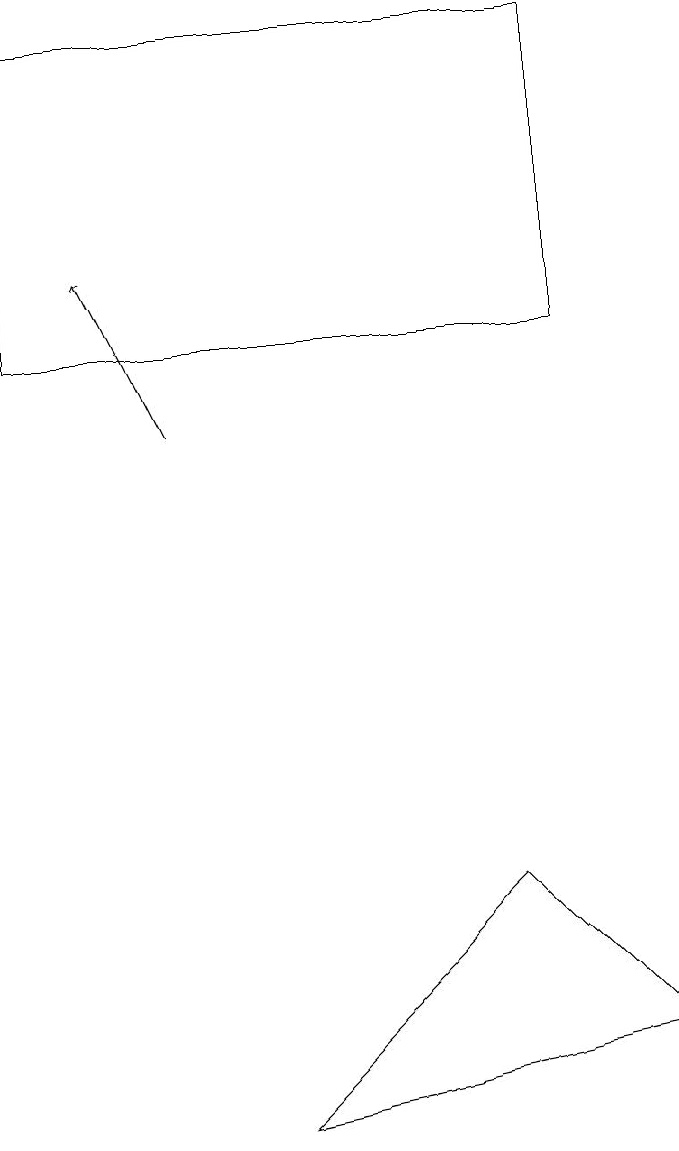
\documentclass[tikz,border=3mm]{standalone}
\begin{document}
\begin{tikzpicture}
\draw[->] (2,13) -- (1,15);
\draw (8,5) -- (6,7) -- (3,4) -- cycle;
\draw (7,18) rectangle (0,14);
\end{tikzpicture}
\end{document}